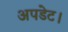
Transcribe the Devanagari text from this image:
अपडेट।